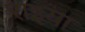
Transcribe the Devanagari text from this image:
राइया